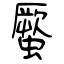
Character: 蟨